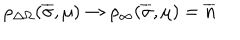
\rho _ { \Delta \Omega } ( \overline { { \sigma } } , \mu ) \to \rho _ { \infty } ( \overline { { \sigma } } , \mu ) = \overline { { n } }